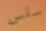
سلس